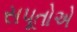
સપૂતોએ